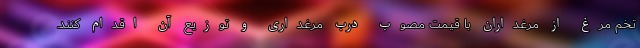
تخم مرغ از مرغداران با قیمت مصوب درب مرغداری و توزیع آن اقدام کنند.